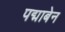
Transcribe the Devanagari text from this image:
पद्माबेन